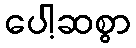
ပေါ့ဆစွာ